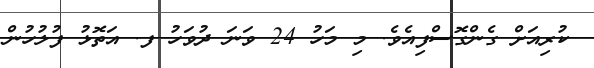
ކުރިއަށް ގެންގޮސްފިއެވެ. މި މަހު 24 ވަނަ ދުވަހު ފ. އަތޮޅު ފުލުހުން